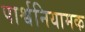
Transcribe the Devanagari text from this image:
पार्श्वनियामक